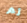
ثم